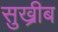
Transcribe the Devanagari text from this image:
सुख्रीब